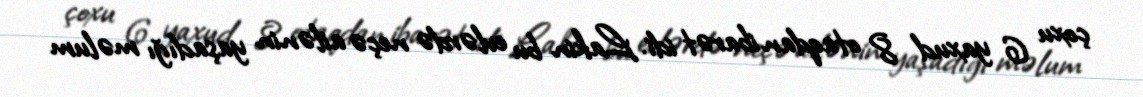
çoxu 6 yaxud 8 otaqdan ibarət idi. Lakin bu evlərdə neçə ailənin yaşadığı məlum